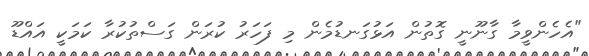
"އެހެންވީމާ ގާނޫނީ ގޮތުން އަޅުގަނޑުމެން މި ފަހަރު ކުރަން ގަސްތުކުރާ ކަމަކީ އައްޑޫ